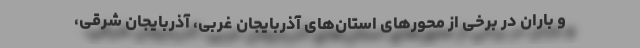
و باران در برخی از محورهای استان‌های آذربایجان غربی، آذربایجان شرقی،